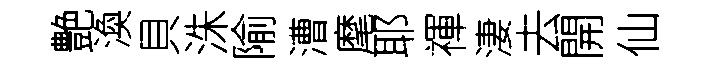
艶渙貝洙隃漕麾耶禈淒去開仙